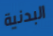
البدنية